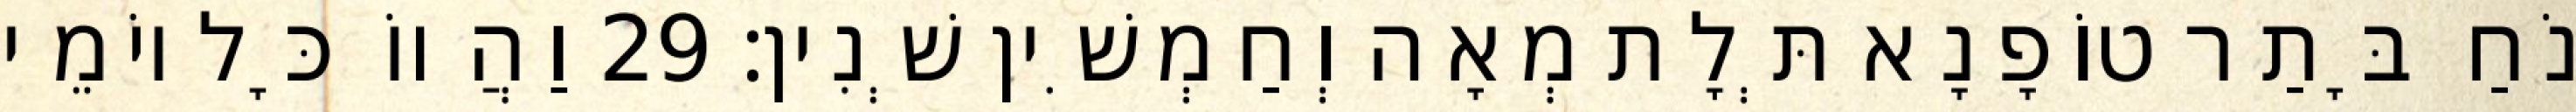
נֹחַ בָּתַר טוֹפָנָא תְּלָת מְאָה וְחַמְשִׁין שְׁנִין׃ 29 וַהֲווֹ כָּל יוֹמֵי